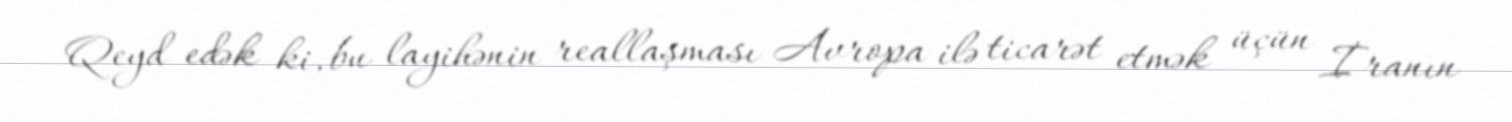
Qeyd edək ki, bu layihənin reallaşması Avropa ilə ticarət etmək üçün İranın